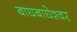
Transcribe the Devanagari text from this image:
बाघबाघेश्वर